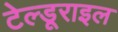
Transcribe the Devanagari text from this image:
टेल्डूराइल